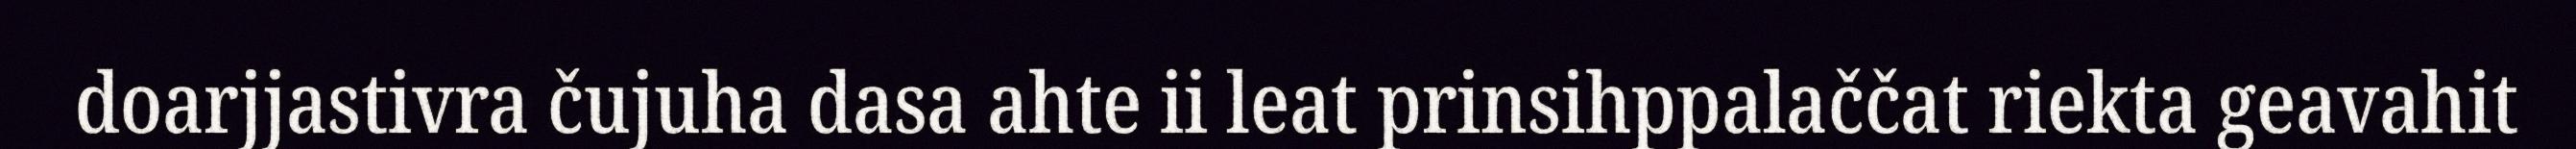
doarjjastivra čujuha dasa ahte ii leat prinsihppalaččat riekta geavahit